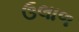
ઉલાળ